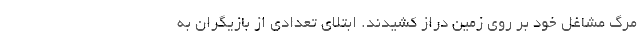
مرگ مشاغل خود بر روی زمین دراز کشیدند. ابتلای تعدادی از بازیگران به